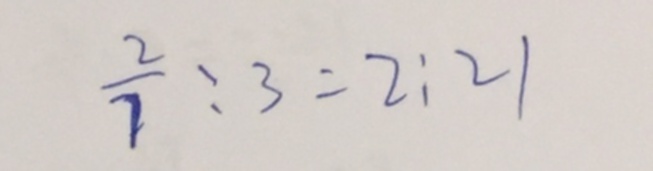
\frac { 2 } { 7 } : 3 = 2 : 2 1